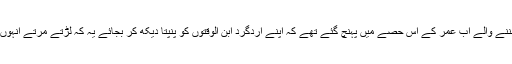
جیلوں کا ایندھن بننے والے اب عمر کے اُس حِصے میں پہنچ گئے تھے کہ اپنے اردگرد ابن الوقتوں کو پنپتا دیکھ کر بجائے یہ کہ لڑتے مرتے انہوں نے کنارا کر لیا۔